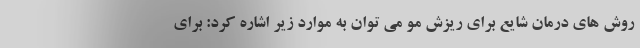
روش های درمان شایع برای ریزش مو می توان به موارد زیر اشاره کرد: برای